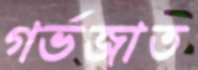
গর্ভজাত